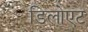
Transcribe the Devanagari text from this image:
डिलोएट